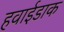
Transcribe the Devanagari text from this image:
हवाईडाक